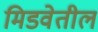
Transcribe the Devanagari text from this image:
मिडवेतील